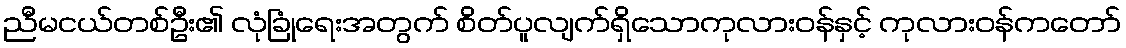
ညီမငယ်တစ်ဦး၏ လုံခြုံရေးအတွက် စိတ်ပူလျက်ရှိသောကုလားဝန်နှင့် ကုလားဝန်ကတော်